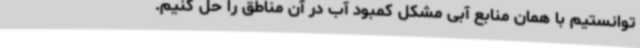
‌توانستیم با همان منابع آبی مشکل کمبود آب در آن مناطق را حل کنیم.